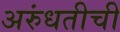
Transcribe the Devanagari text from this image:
अरुंधतीची